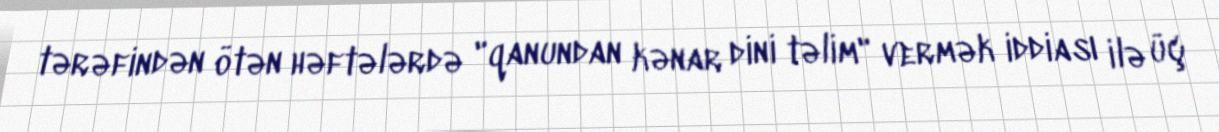
tərəfindən ötən həftələrdə "qanundan kənar dini təlim" vermək iddiası ilə üç